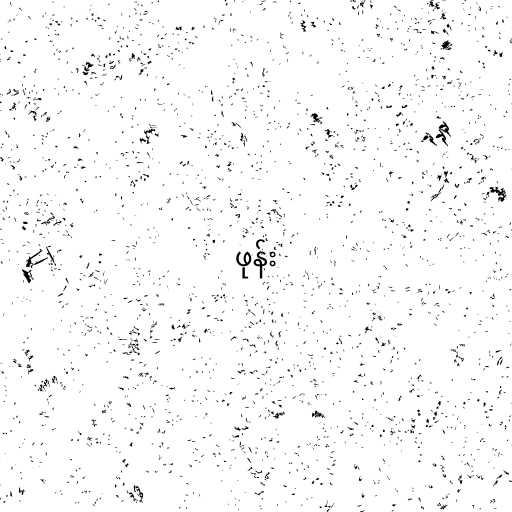
ဖုန်း